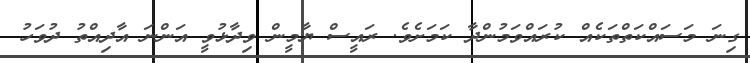
ގިނަ މަސައްކަތްތަކެއް ކުރައްވަމުންދާ ކަމަށެވެ. ރައީސް ޔާމީން ވިދާޅުވީ އަންނަ އާދިއްތު ދުވަހު